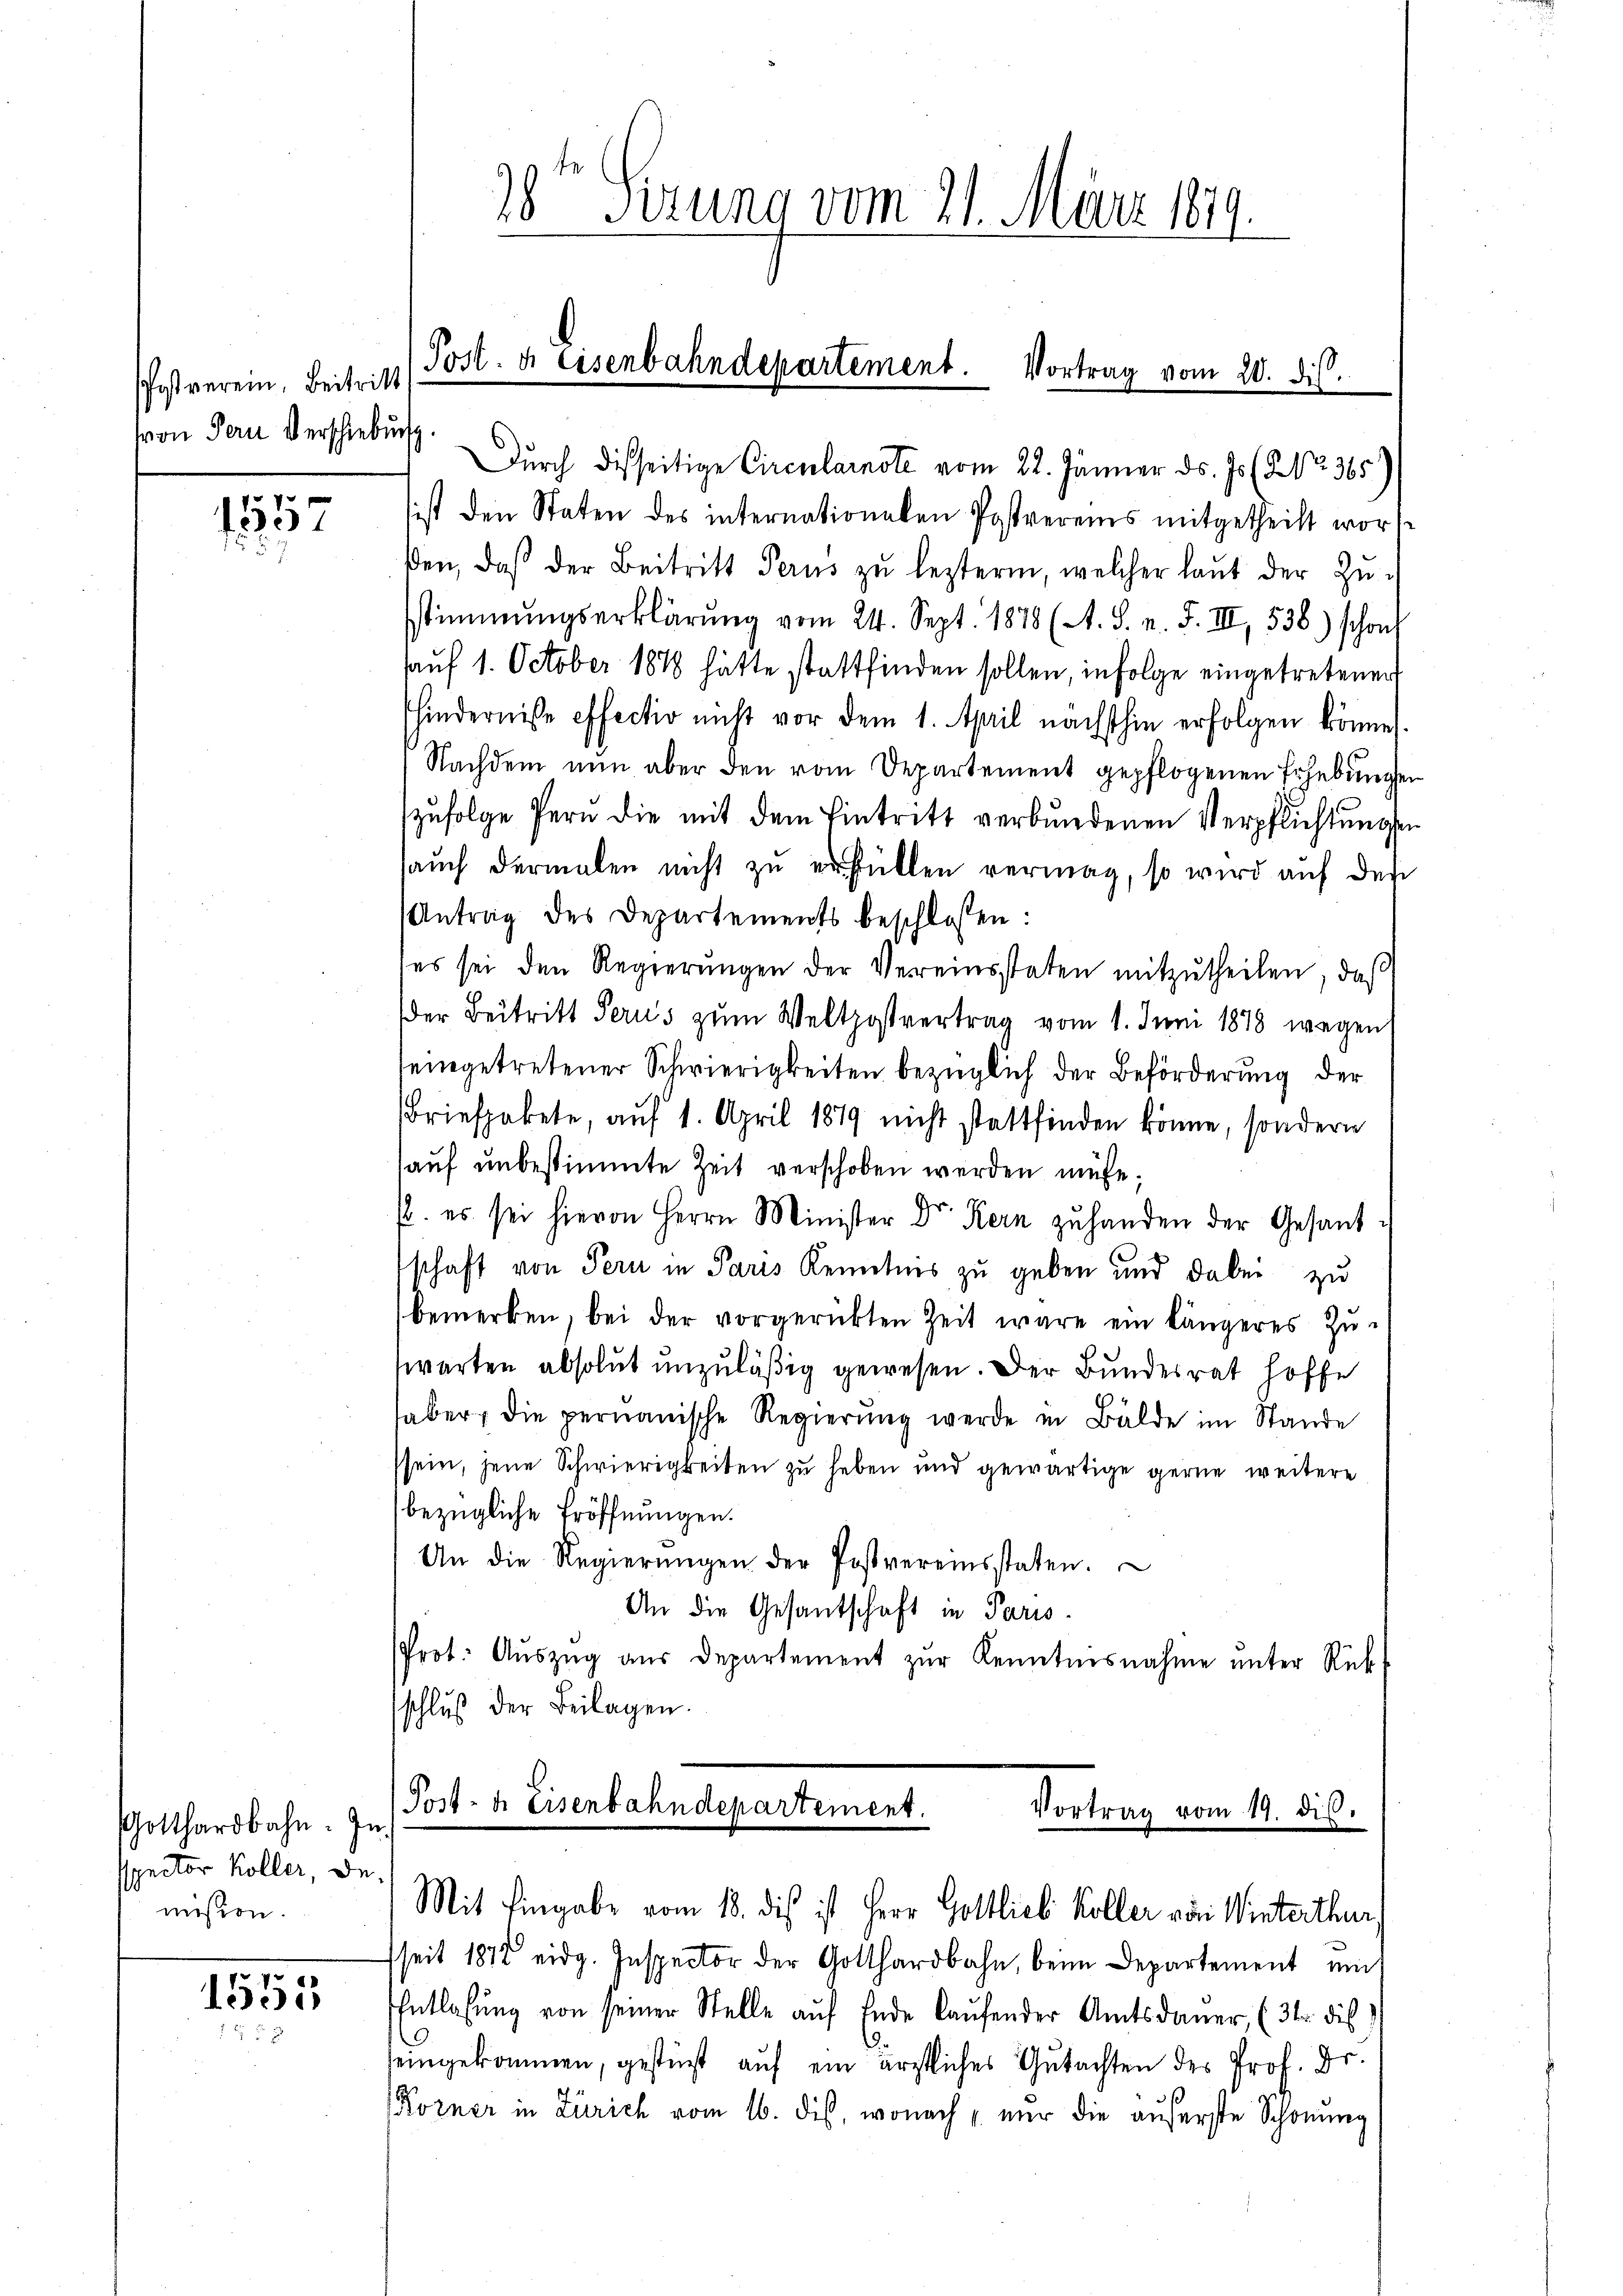
Pfostverein, Beitritt
von Fern Verschiebung

1557

Gotthardbahn. In
sspector Koller, de
mision.

1555

Durch diesseitige Circularnote vom 22. Jänner ds. Is (Nr. 365)
sist den Staten des internationalen Postvereines mitgetheilt worde
βen, daß der Beitritt Perus zŭ leztern welcher laŭt der Zŭ-
sstimmungserklärŭng vom 24. Sept. 1878 (A. S. n. F. III 538) schon
Aauf 1. October 1888 hätte stattfinden sollen, in Folge eingetretener
hindernisse effectio nicht vor dem 1. April nächsthin erfolgen könne.
Nachdem nun aber den vom Departement gepflogenen Erhebungen
zŭfolge fern die mit dem Eintritt verbundenen Verpflichtungen
aŭch dermalen nicht zu erfüllen vermag, so wird auf des
Antrag des Departements beschlossen:
es sei den Regierŭngen der Vereinsstaten mitzŭtheilen, daß
der Beitritt Peru's zŭm Weltpostvertrag vom 1. Juni 1878 wegen
teingetretener Schwierigkeiten bezüglich der Beförderung der
Briefpakete, auf 1. April 1879 nicht stattfinden könne, sondern
auf unbestimmte Zeit verschoben werden müße.
. es sei hievon Herrn Minister Dr. Kern zŭ handen der Gesandschaft von Pern in Paris Kenntnis zu geben und dabei zu
bemerken, bei der vorgerükten Zeit wäre ein längeres Zuswarten absolut unzuläßig gewesen. Der Bundesrat hoffe
aber, die permanische Regierung werde in Bälde im Stande
ssein, jene Schwierigkeiten zu heben und gewärtige gerne weitere
bezügliche Eröffnungen.
An die Regierŭngen der Postvereinsstaten.
An die Gesantschaft in Paris
Prot. Auszug aus Departement zur Kenntnisnahme unter Rück
schluß der Beilagen.
Post- u. Eisenbahndepartement.
Vortrag vom 19. dis.
Mit Eingabe vom 18. dis ist Herr Gottlieb Koller von Winterthur,
seit 1872 eidg. Inspector der Gotthardbahn, beim Departement ei
Entlaßung von seiner Stelle aŭf Ende laŭfender Amtsdauer, (3tr. dies
eingekommen, gestüzt auf ein ärztliches Gutachten des Prof. Dr.
Korner in Zürich vom 16. dis, wonach u. nur die auferste Schonung

18ten Perung vom 21. März 1819.

Post. u. Eisenbahndepartement. Vortrag vom 20. ds.